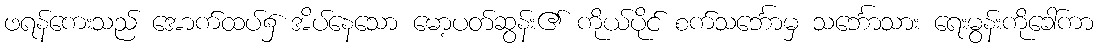
ဖရန်ကေးသည် အောက်ထပ်၌ အိပ်နေသော မော့ပတ်ဆွန်း၏ ကိုယ်ပိုင် စက်သင်္ဘောမှ သင်္ဘောသား ရေးမွန်းကိုခေါ်ကာ